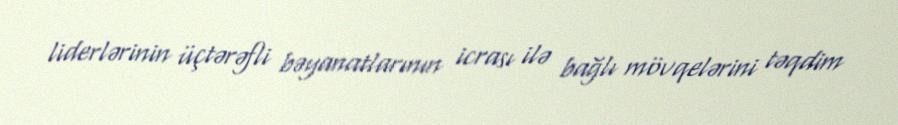
liderlərinin üçtərəfli bəyanatlarının icrası ilə bağlı mövqelərini təqdim